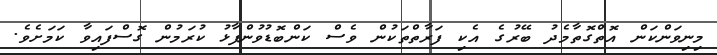
މިނިވަންކަން އޮތްގޮތާމެދު ބޭރުގެ އެކި ފަރާތްތަކުން ވެސް ކަންބޮޑުވުންފާޅު ކުރަމުން ގޮސްފައިވާ ކަމަށެވެ.